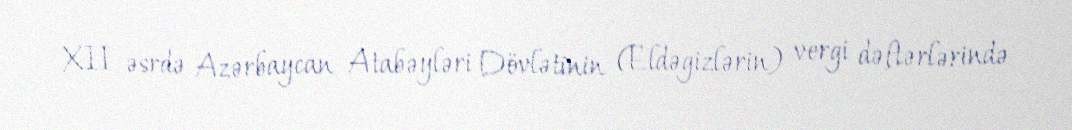
XII əsrdə Azərbaycan Atabəyləri Dövlətinin (Eldəgizlərin) vergi dəftərlərində